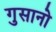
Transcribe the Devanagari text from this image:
गुसानो